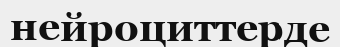
нейроциттерде